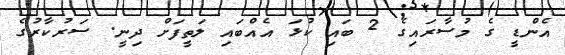
އެންޑީ ގެ މުސާރައިގެ 2 ބައި ކުޅަ އެއްބައި ލަތީފަށް ދިނީ. ސަރުކާރުގެ